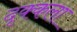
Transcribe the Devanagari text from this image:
दृक्कला